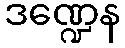
ဒဏ္ဍေန